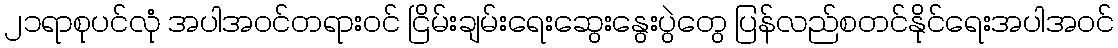
၂၁ရာစုပင်လုံ အပါအဝင်တရားဝင် ငြိမ်းချမ်းရေးဆွေးနွေးပွဲတွေ ပြန်လည်စတင်နိုင်ရေးအပါအဝင်